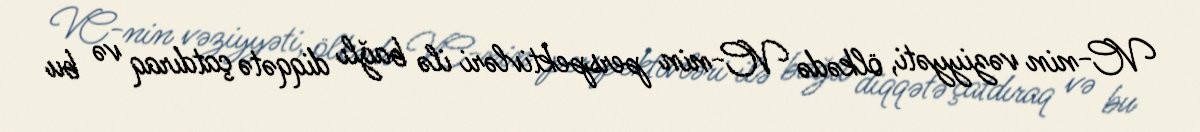
VC-nin vəziyyəti, ölkədə VC-nin perspektivləri ilə bağlı diqqətə çatdıraq və bu